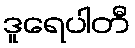
ဒူရေပါတီ